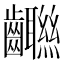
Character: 𱌨